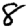
Digit: 8